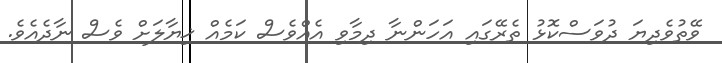
ވޭތުވެދިޔަ ދުވަސްކޮޅު ތެރޭގައި އަހަންނާ ދިމާވި އެއްވެސް ކަމެއް ޚިޔާލަށް ވެސް ނާދެއެވެ.